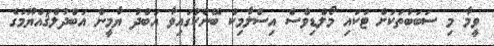
ވީމާ މި ސަބަބުތަކަށް ޓަކައި މޯލްޑިވްސް އިސްލާމިކް ބޭންކުގައިވާ އަބްދު ޔާމީން އަބްދުލްޤައްޔޫމުގެ